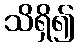
သိရှိ၍